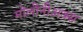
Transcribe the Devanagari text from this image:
मोलीनीअक्स